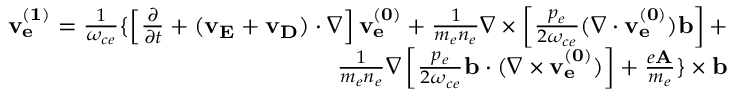
\begin{array} { r } { { \bf v _ { e } ^ { ( 1 ) } } = \frac { 1 } { \omega _ { c e } } \{ \left[ \frac { \partial } { \partial t } + ( { \bf v _ { E } } + { \bf v _ { D } } ) \cdot \nabla \right] { \bf v _ { e } ^ { ( 0 ) } } + \frac { 1 } { m _ { e } n _ { e } } \nabla \times \left[ \frac { p _ { e } } { 2 \omega _ { c e } } ( \nabla \cdot { \bf v _ { e } ^ { ( 0 ) } } ) { \bf b } \right] + } \\ { \frac { 1 } { m _ { e } n _ { e } } \nabla \left[ \frac { p _ { e } } { 2 \omega _ { c e } } { \bf b } \cdot ( \nabla \times { \bf v _ { e } ^ { ( 0 ) } } ) \right] + \frac { e { \bf A } } { m _ { e } } \} \times { \bf b } } \end{array}